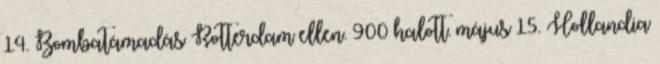
14. Bombatámadás Rotterdam ellen. 900 halott. május 15. Hollandia